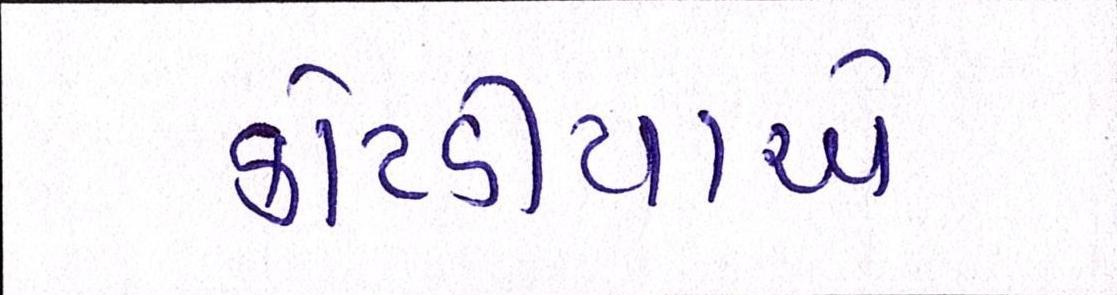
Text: કોટડીયાએ